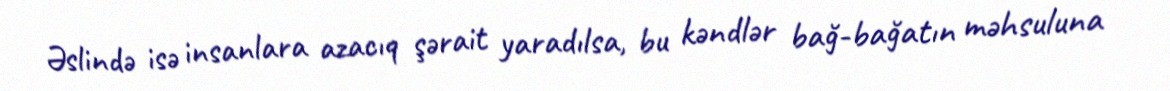
Əslində isə insanlara azacıq şərait yaradılsa, bu kəndlər bağ-bağatın məhsuluna